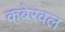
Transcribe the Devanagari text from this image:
कबेरवल